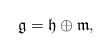
\begin{align*}\mathfrak{g}=\mathfrak{h}\oplus\mathfrak{m},\end{align*}